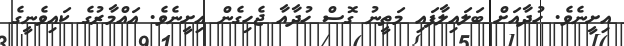
އިށީނެވެ. ހުދާއަށް ބަލައިލާފައި މަތީނު ގޮސް ހުދާއާ ޖެހިގެން އިށީނެވެ. އައްމާރުގެ ކައިވެނީގެ